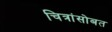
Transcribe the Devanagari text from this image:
चित्रांसोबत